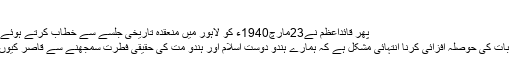
‘‘
پھر قائداعظم نے23مارچ1940ء کو لاہور میں منعقدہ تاریخی جلسے سے خطاب کرتے ہوئے کہا:
’’اس بات کی حوصلہ افزائی کرنا انتہائی مشکل ہے کہ ہمارے ہندو دوست اسلام اور ہندو مت کی حقیقی فطرت سمجھنے سے قاصر کیوں ہیں۔